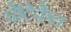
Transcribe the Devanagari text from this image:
पेटिकेत